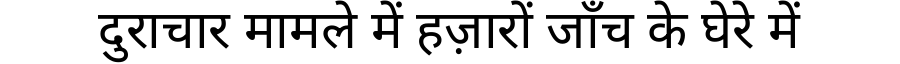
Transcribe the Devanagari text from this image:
दुराचार मामले में हज़ारों जाँच के घेरे में